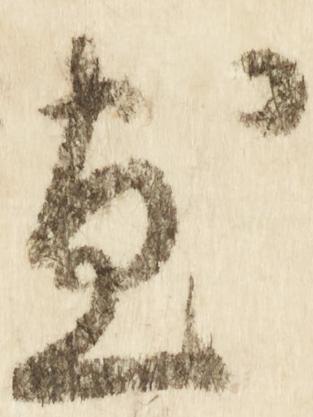
尽